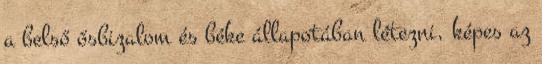
a belső ősbizalom és béke állapotában létezni, képes az